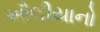
ઔલીયાનો